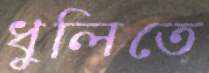
ধুলিতে